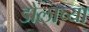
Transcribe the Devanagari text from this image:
डोलाच्या